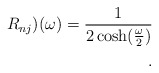
\begin{align*}R_{nj})(\omega)= {1\over2 \cosh({\omega \over 2})}\\.\end{align*}